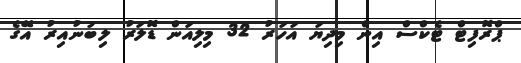
ޕްރޮފިޓް ޓެކްސް އިން މިދިޔަ އަހަރު 32 މިލިއަން ޑޮލަރު ލިބުނުއިރު އޭގެ